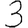
Digit: 3